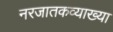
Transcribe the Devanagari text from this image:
नरजातकव्याख्या